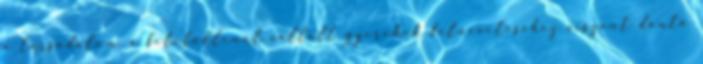
a társadalom, a felelőtlenül vállalt gyerekek felneveléséhez viszont döntő